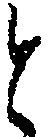
と